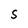
Character: S